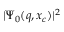
\vert \Psi _ { 0 } ( q , x _ { c } ) \vert ^ { 2 }